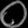
Digit: ၀